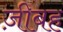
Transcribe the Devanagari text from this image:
ज़ीबह